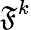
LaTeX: \mathfrak{F}^{k}